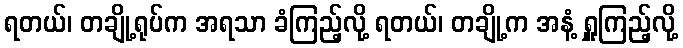
ရတယ်၊ တချို့ရုပ်က အရသာ ခံကြည့်လို့ ရတယ်၊ တချို့က အနံ့ ရှူကြည့်လို့